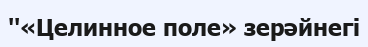
''«Целинное поле» зерәйнегі